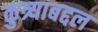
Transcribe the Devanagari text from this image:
कुत्र्याबद्दल